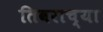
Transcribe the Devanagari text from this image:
तिवराच्या